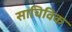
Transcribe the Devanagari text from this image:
साचिविक